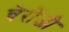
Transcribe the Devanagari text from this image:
चेरोंजी